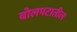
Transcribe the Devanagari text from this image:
बोलपटातील